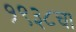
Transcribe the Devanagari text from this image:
१९३८चा